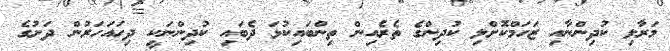
މަރާލި ކުދިންނާއި ޒަހަމްކޮށްލި ކުދިންގެ ތެރެއިން ތިންބައިކުޅަ ދެބައި ކުދިންނަކީ ދިހައަހަރުން ދަށުގެ